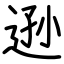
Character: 逊